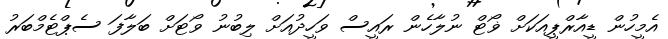
އެމީހުން ޑީއާރްޕީއަކަށް ޥޯޓް ނުލާހެން ރައީސް ވަހީދުއަށް ލިބުނު ވޯޓަށް ބަލާފަ ސެޕްޓެމްބަރު